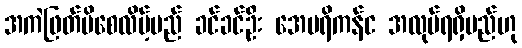
အကဲဖြတ်မိစေလိမ့်မည် ခင်ခင်ဦး အေမရိကန်င အလုပ်ရရှိမည်ဟု